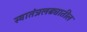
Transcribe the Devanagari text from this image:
स्वातंत्रलढ्यातील